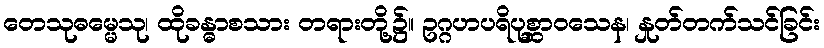
တေသုဓမ္မေသု၊ ထိုခန္ဓာစသား တရားတို့၌။ ဥဂ္ဂဟပရိပုစ္ဆာဝသေန၊ နှုတ်တက်သင်ခြင်း